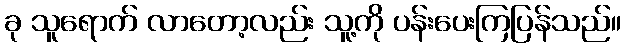
ခု သူရောက် လာတော့လည်း သူ့ကို ပန်းပေးကြပြန်သည်။